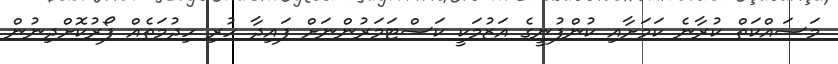
މަސައްކަތް ކުރާނެ ކަމަށާއި ކުންފުނީގެ އަޒުމަކީ ކަސްޓަމަރުންނަށް ފައިދާ ހުރި ހިދުމަތެއް ފޯރުކޮށްދިނުން